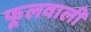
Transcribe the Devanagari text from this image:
फूलवाली